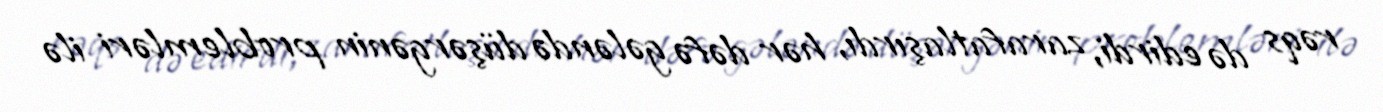
rəqs də edirdi, zarafatlaşırdı, hər dəfə gələndə düşərgənin problemləri ilə